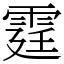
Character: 霆